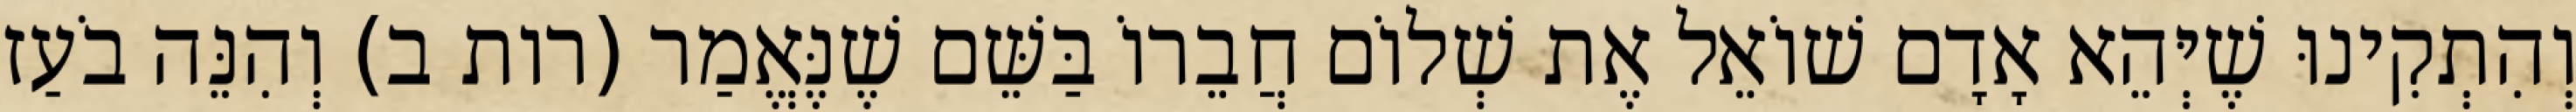
וְהִתְקִינוּ שֶׁיְּהֵא אָדָם שׁוֹאֵל אֶת שְׁלוֹם חֲבֵרוֹ בַּשֵּׁם שֶׁנֶּאֱמַר (רות ב) וְהִנֵּה בֹעַז